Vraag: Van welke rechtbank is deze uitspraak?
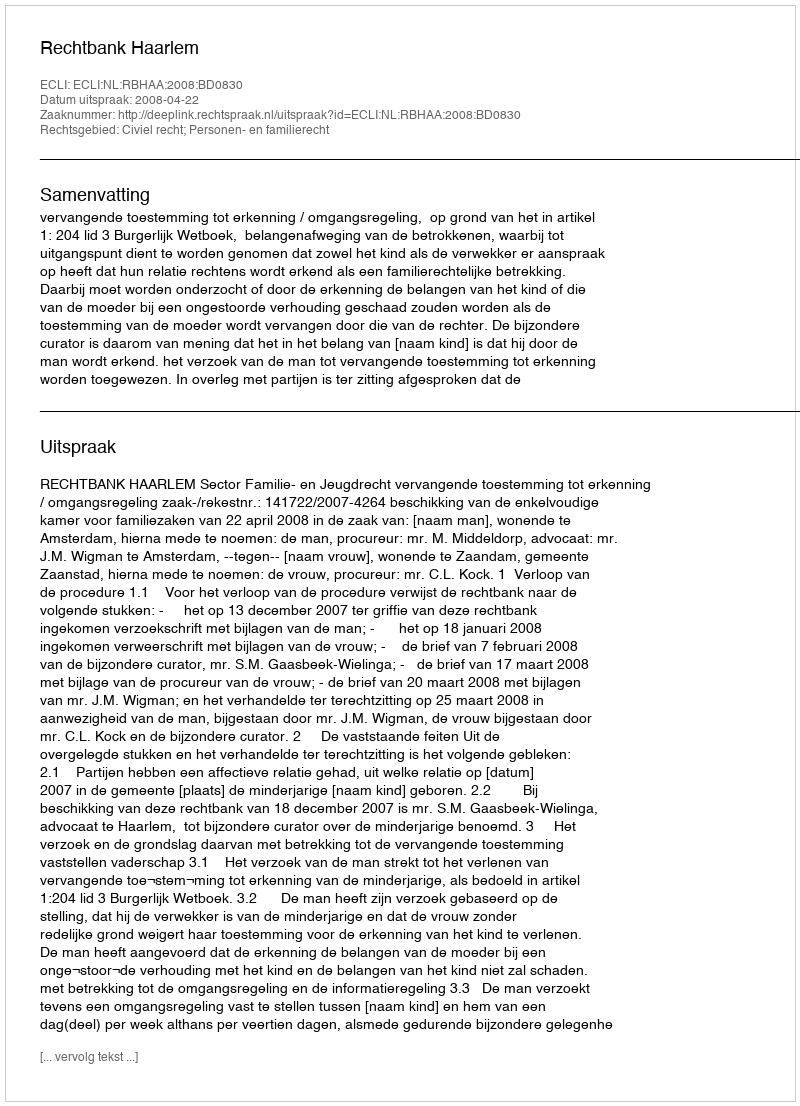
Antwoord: Rechtbank Haarlem